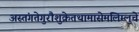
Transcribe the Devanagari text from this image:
अस्तंगतेगुरौशुक्रेतथामासेमलिम्लुचे